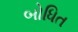
બોધિત